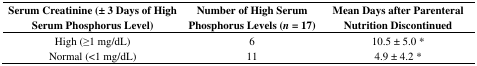
| Serum Creatinine (± 3 Days of High Serum Phosphorus Level) | Number of High Serum Phosphorus Levels (n = 17) | Mean Days after Parenteral Nutrition Discontinued |
 | --- | --- | --- |
 | High (≥1 mg/dL) | 6 | 10.5 ± 5.0 * |
 | Normal (<1 mg/dL) | 11 | 4.9 ± 4.2 * |